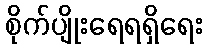
စိုက်ပျိုးရေရရှိရေး